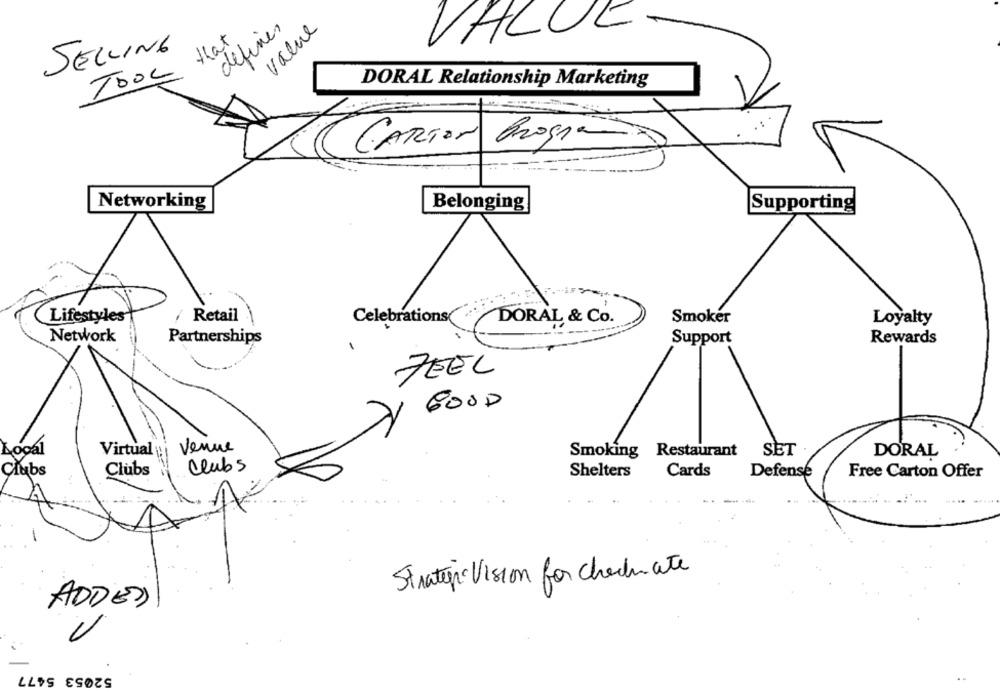
defines
value
that
VALUE
SELLING
TOOL
DORAL Relationship Marketing
CARTON Progra
Networking
Belonging
Supporting
/ Retail
DORAL & Co.
Lifestyles
Celebrations("
Smoker
Loyalty
Network
Support
Partnerships
Rewards
FEEL
Venue
SET
Local
Virtual :
Smoking Restaurant
DORAL
Clubs
Clubs
Clubs
Shelters
Cards
Defense
Free Carton Offer
-
Strater Vision for checkmate
ADDED
52053 5477